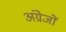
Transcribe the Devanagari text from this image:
अंग्रेजोंं